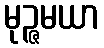
မုဉ္ဇမယာ